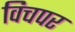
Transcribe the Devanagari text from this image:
विचपर